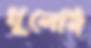
খুলেনি